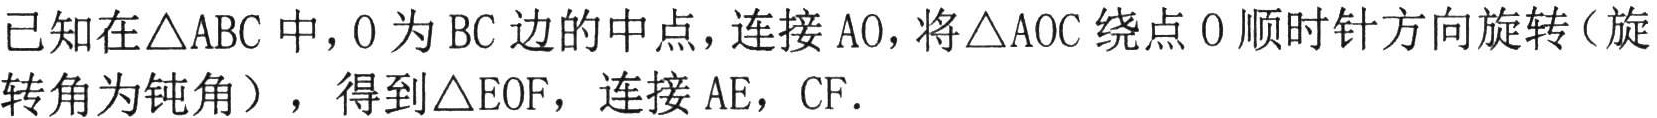
已知在\(\triangle ABC\)中，\(O\)为\(BC\)边的中点，连接\(AO\)，将\(\triangle AOC\)绕点\(O\)顺时针方向旋转（旋转角为钝角），得到\(\triangle EOF\)，连接\(AE\)，\(CF\)．